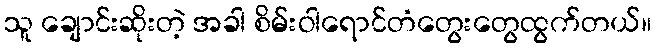
သူ ချောင်းဆိုးတဲ့ အခါ စိမ်းဝါရောင်တံတွေးတွေထွက်တယ်။